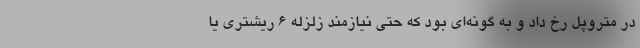
در متروپل رخ داد و به گونه‌اي بود كه حتي نيازمند زلزله ۶ ريشتري يا